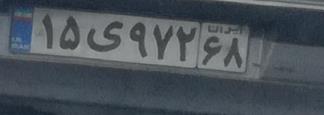
۱۵ی۹۷۲۶۸